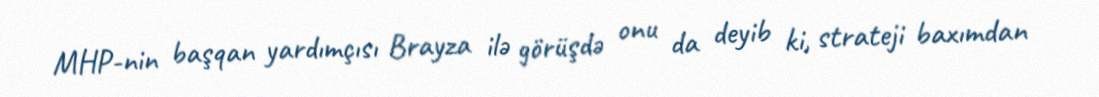
MHP-nin başqan yardımçısı Brayza ilə görüşdə onu da deyib ki, strateji baxımdan